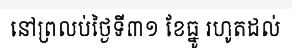
នៅព្រលប់ថ្ងៃទី៣១ ខែធ្នូ រហូតដល់